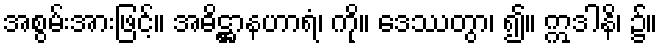
အစွမ်းအားဖြင့်။ အဓိဋ္ဌာနဟာရံ၊ ကို။ ဒေဿတွာ၊ ၍။ ဣဒါနိ၊ ၌။